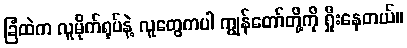
ခြံထဲက လူမိုက်ရုပ်နဲ့ လူတွေကပါ ကျွန်တော်တို့ကို ရှိုးနေတယ်။